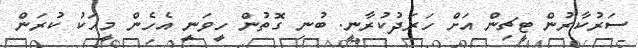
ސަރުކާރުން ޓީޗިން އަށް ހަރަދުކުރާނީ. ބުނި ގޮތުން ހީވަނީ އެހެން މީހަކު ކުރަން